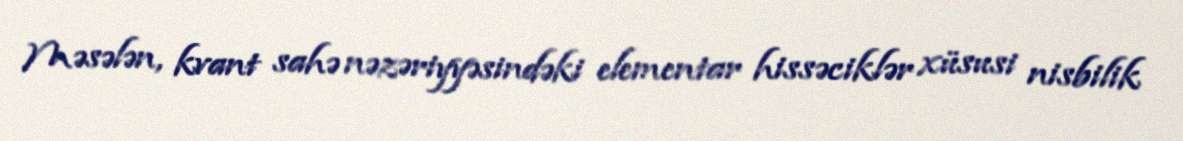
Məsələn, kvant sahə nəzəriyyəsindəki elementar hissəciklər xüsusi nisbilik